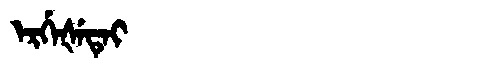
Manchu: ᡝᡵᡤᡝᡧᡝᡨᡝᡳ
Romanization: ERGEŠETEI